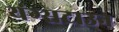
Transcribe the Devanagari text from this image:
यंग्सटाउन